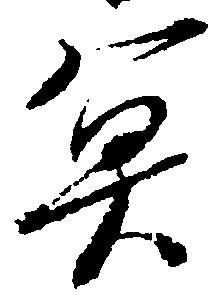
魚